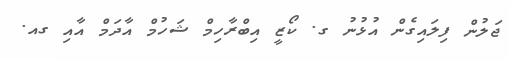
ޖަލުން ފިލައިގެން އުޅުނު ގ. ކޯޒީ އިބްރާހިމް ޝަހުމް އާދަމް އާއި ގއ.